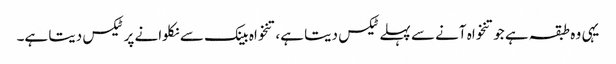
یہی وہ طبقہ ہے جو تنخواہ آنے سے پہلے ٹیکس دیتا ہے، تنخواہ بینک سے نکلوانے پر ٹیکس دیتا ہے۔